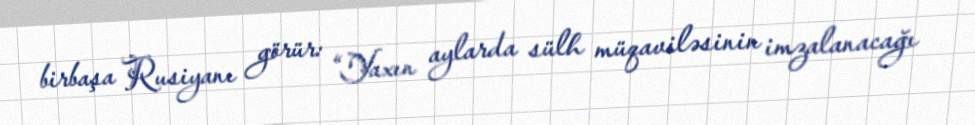
birbaşa Rusiyanı görür: “Yaxın aylarda sülh müqaviləsinin imzalanacağı